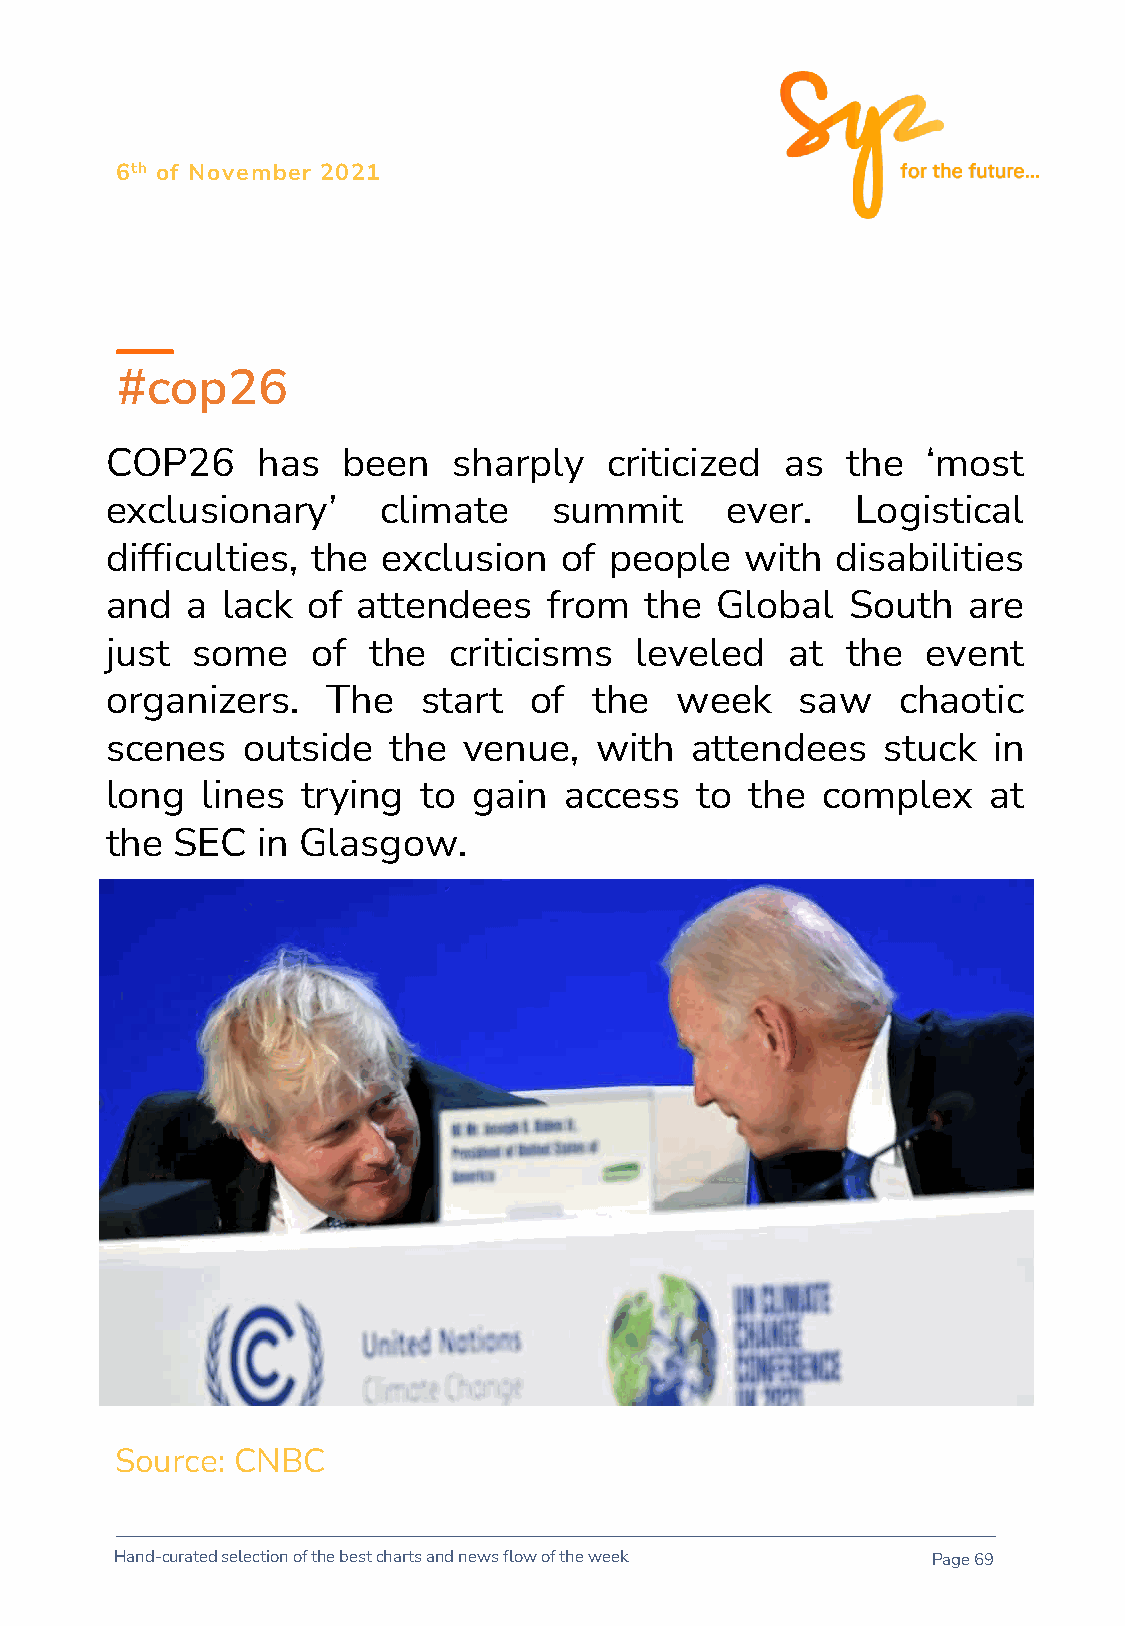
6th of November 2021
 #cop26
 COP26     has   been   sharply   criticized  as  the  ‘most
 exclusionary’     climate     summit     ever.    Logistical
 difficulties, the exclusion   of people   with  disabilities
 and  a  lack of  attendees   from   the Global   South   are
 just  some    of the   criticisms  leveled   at  the  event
 organizers.    The   start  of  the   week    saw    chaotic
 scenes   outside   the  venue,  with   attendees   stuck   in
 long  lines  trying  to gain  access   to  the complex    at
 the SEC   in Glasgow.
 Source: CNBC
 Hand-curated selection of the best charts and news flow of the week Page 69